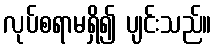
လုပ်စရာမရှိ၍ ပျင်းသည်။